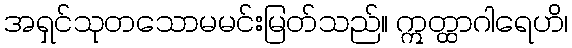
အရှင်သုတသောမမင်းမြတ်သည်။ ဣတ္ထာဂါရေဟိ၊